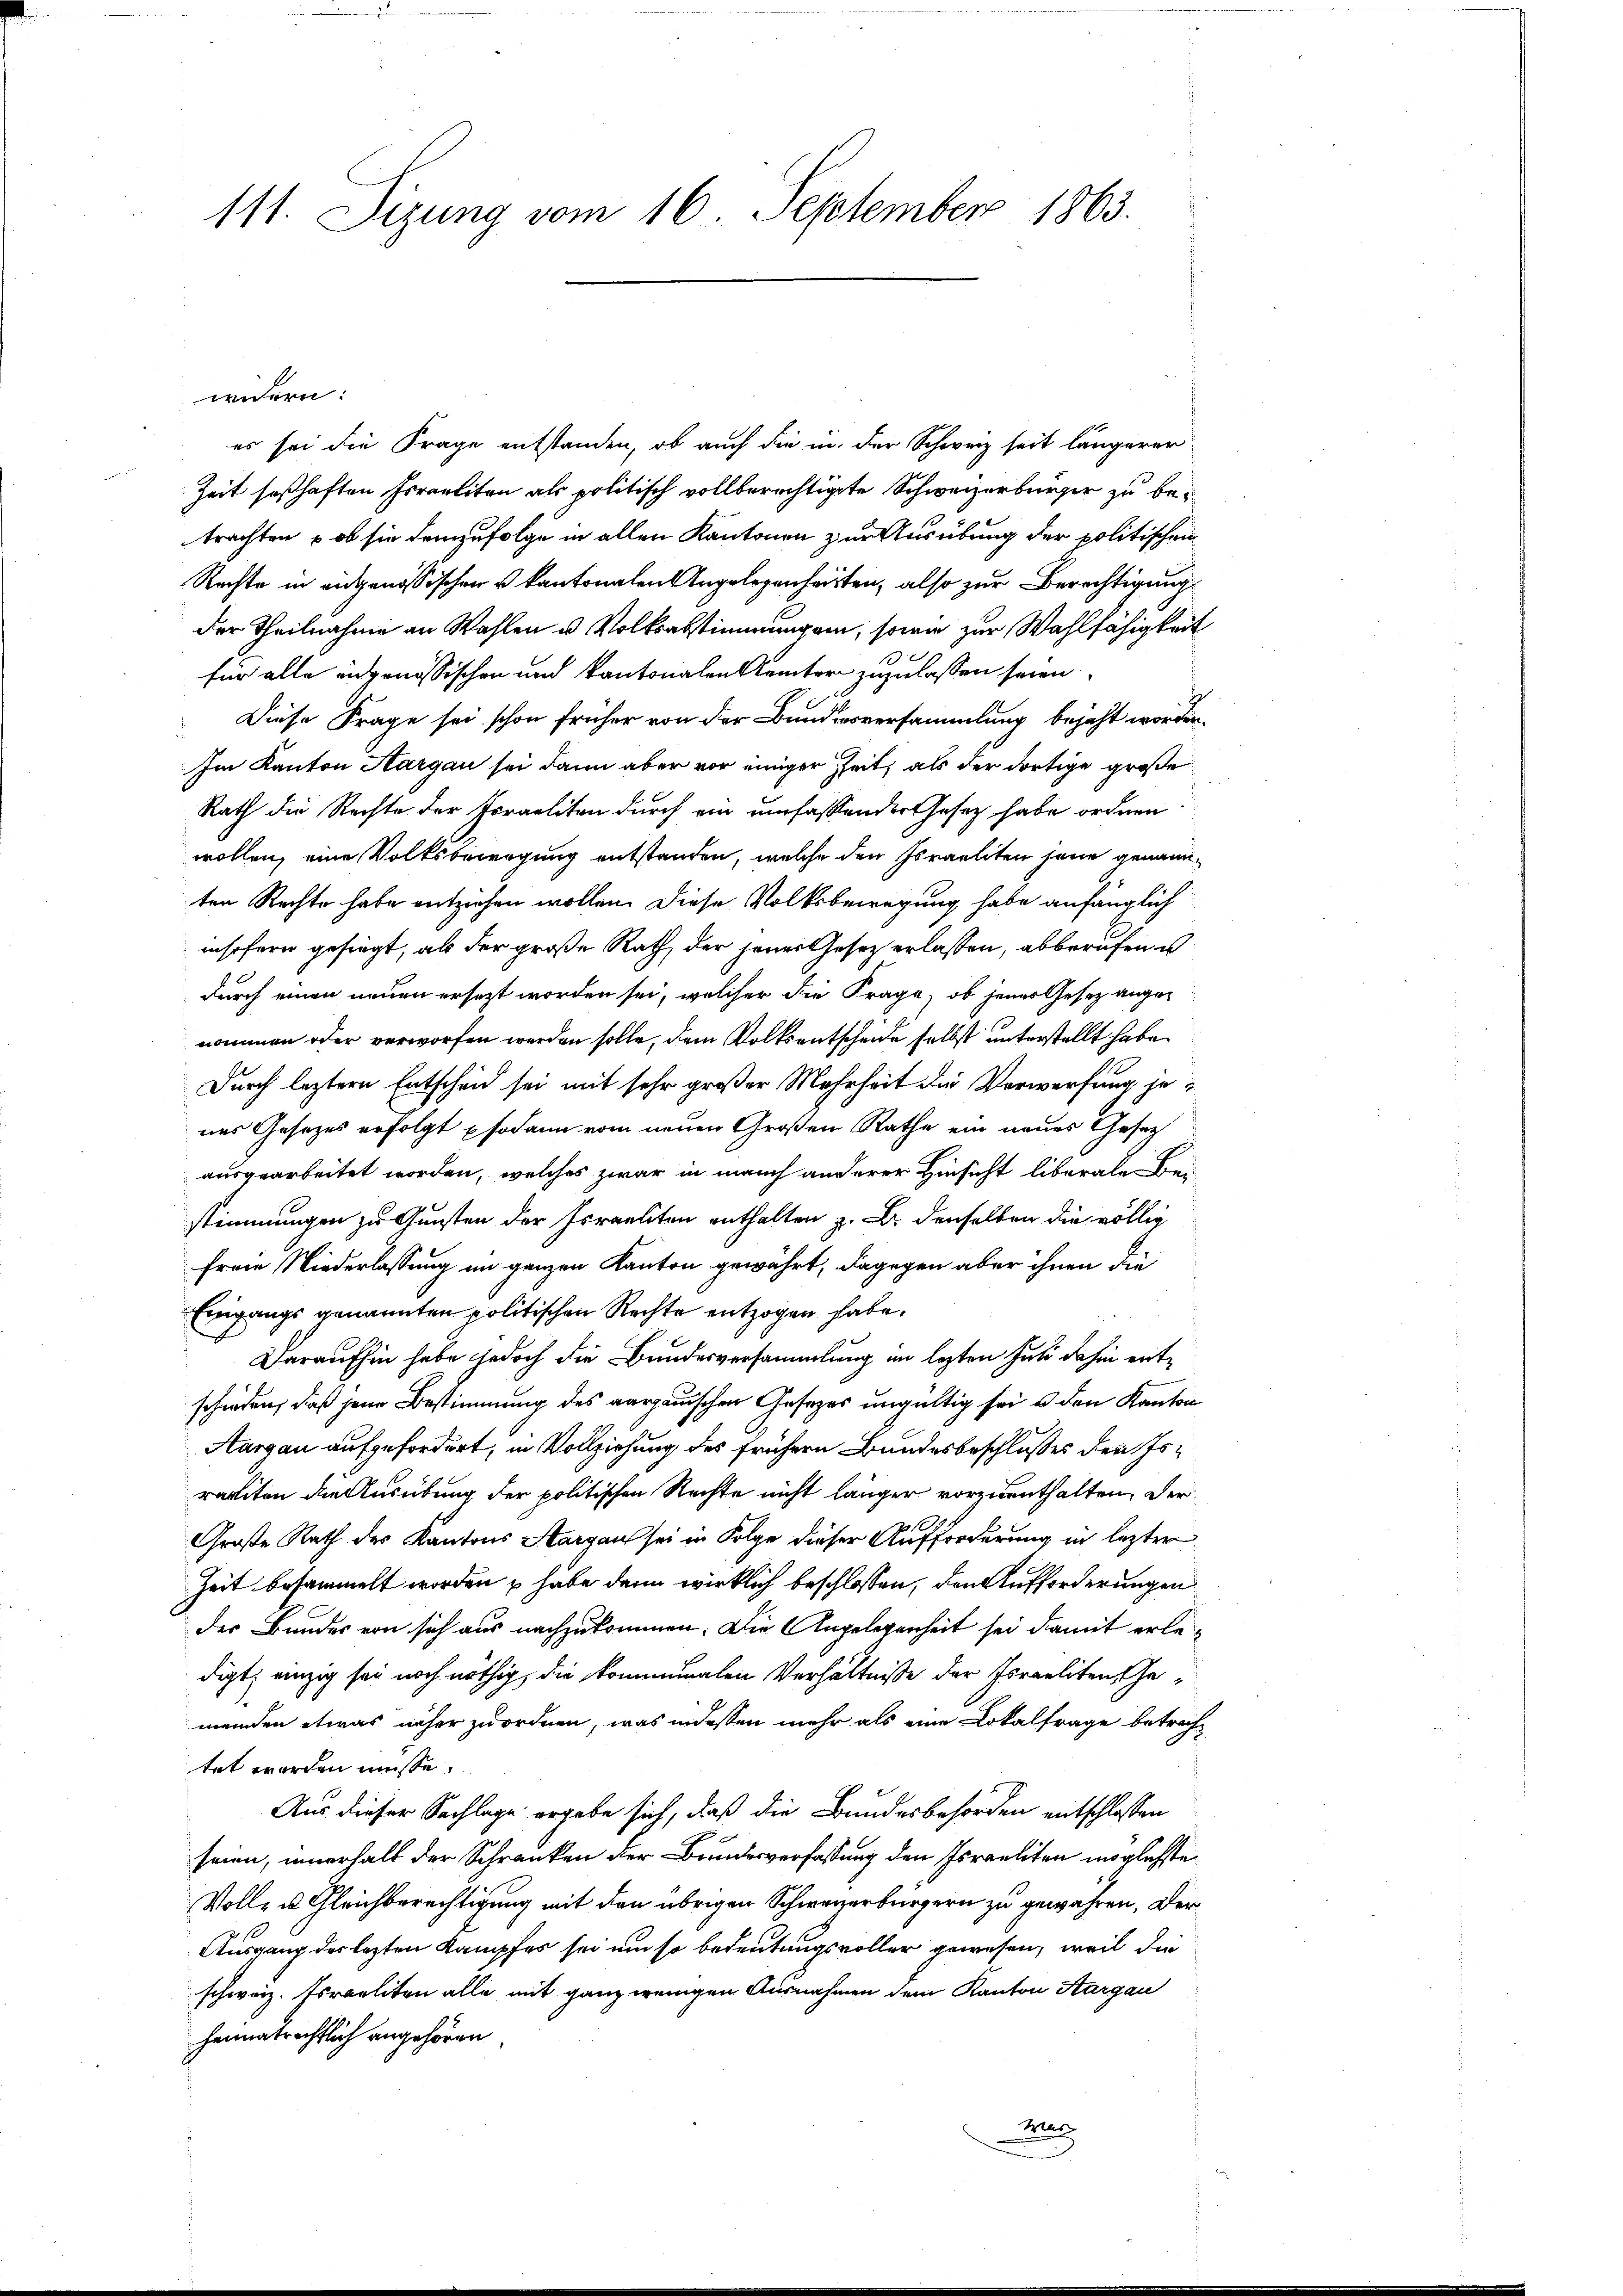
111. Sizung vom 16. September 1863.

wndern:
es sei die Frage entstanden, ob auch die in der Schweiz seit längerer
Zeit seßhaften Errealiten als politisch vollberechtigte Schweizerbürger zu betrachten – ob sie demzufolge in allen Kantonen zur Ausübung der politischen
Rechte in eidgenössischen u kantonalen Angelegenheiten, also zur Berechtigung
der Theilnahme an Wahlen u Volksabstimmungen, sowie zur Wahlfähigkeit
für alle eidgenössischen und kantonalen Kemter zuzulassen seien
2
Diese Frage sei schon früher von der Bundesversammlung bejaht worden.
Im Kanton Aargau sei dann aber vor einiger Zeit, als der dortige große
Rath die Rechte der Israeliten durch ein umfassender Gesetz habe ordnen.
wollen, eine Volksbewegung entstanden, welche den Israeliten jene genannten Rechte habe entziehen wollen. Diese Volksbewegung habe anfänglich
insofern gesiegt, als der große Rath, der jenes Gesetz erlassen, abberufen u.
durch einen neuen ersezt worden sei, welcher die Frage, ob jener Gesetz angenommen oder verworfen werden solle, dem Volksentscheide selbst unterstellt habe.
Durch leztere Entscheid sei mit sehr großer Mehrheit die Verwerfung je
nes Gesetzes erfolgt sodann vom neuen Großen Rathe ein neues Gesetz
ausgearbeitet worden, welches zwar in manch anderer Hinsicht liberalen Beistimmungen zu Gunsten der Israeliten enthalten z. B. denselben die völlig
freie Niederlassung im ganzen Kanton gewährt, dagegen aber ihnen die
Eingangs genannten politischen Rechte entzogen habe.
Daraufhin habe jedoch die Bundesversammlung im lezten Juli dahin entschieden, daß jene Bestimmung des aargauischen Gesezes ungültig sei u den Kanton
Aargau aufgefordert, in Vollziehung des frühern Bundesbeschlusses den Israviten die Ausübung der politischen Rechte nicht länger vorzienthalten, der
Große Rath des Kantons Aargau sei in Folge dieser Aufforderung in lezter
Zeit besammelt worden & habe dann wirklich beschlossen, den Aufforderungen
der Bundes von sich aus nachzukommen. Die Angelegenheit sei damit erledigt, einzig sei noch nöthig, die kommunalen Verhältnisse der Israeliten Gemeinden etwas näher zuordnen, was indessen mehr als eine Lokalfrage betrechtet worden müsse.
Aus dieser Sachlage ergebe sich, daß die Bundesbehörden entschlossen
seien, innerhalb der Schranken der Bundesverfassung den Israeliten möglichste
Voll- u. Gleichberechtigung mit den übrigen Schweizerbürgern zu gewähren. Der
Ausgang des lezten Kampfes sei um so bedeutungsvoller gewesen, weil die
schweiz. Israeliten alle mit ganz wenigen Ausnahmen dem Kanton Aargau
heimatrechtlich angehören.
wag